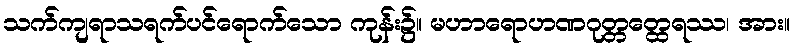
သက်ကျရာသရက်ပင်ရောက်သော ကုန်း၌။ မဟာရောဟဏဂုတ္တတ္ထေရဿ၊ အား။